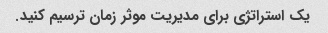
یک استراتژی برای مدیریت موثر زمان ترسیم کنید.